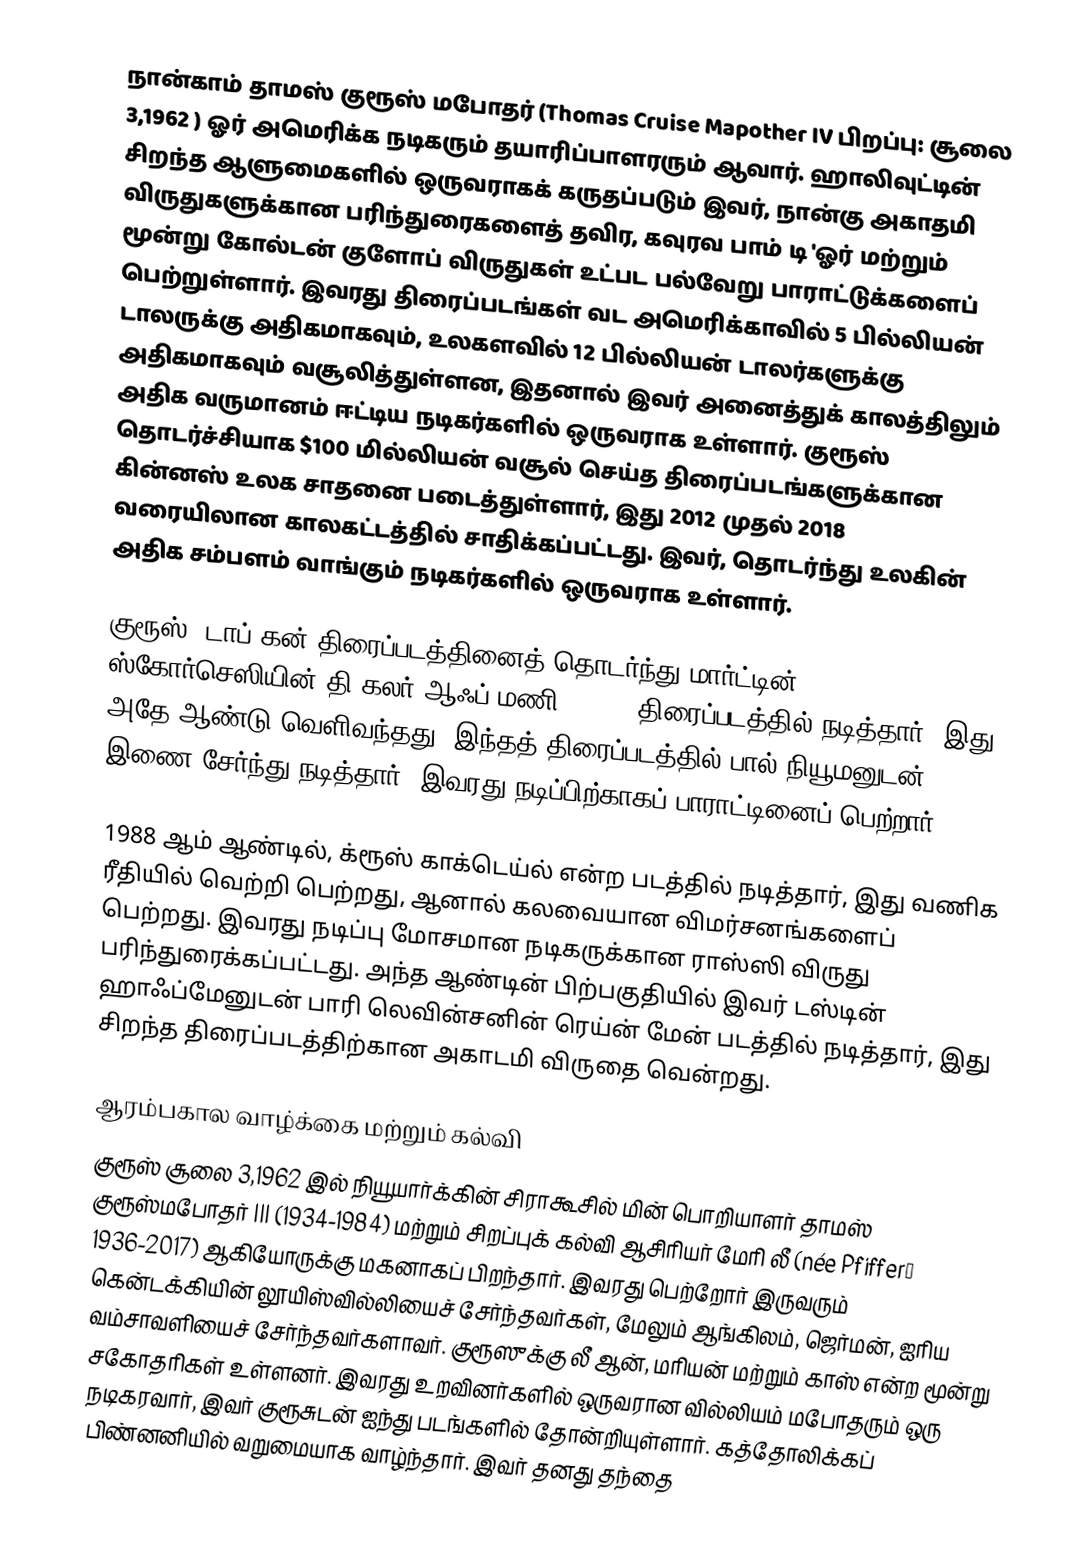
நான்காம் தாமஸ் குரூஸ் மபோதர் (Thomas Cruise Mapother IV பிறப்பு: சூலை 3,1962 ) ஓர் அமெரிக்க நடிகரும் தயாரிப்பாளரரும் ஆவார். ஹாலிவுட்டின் சிறந்த ஆளுமைகளில் ஒருவராகக் கருதப்படும் இவர், நான்கு அகாதமி விருதுகளுக்கான பரிந்துரைகளைத் தவிர, கவுரவ பாம் டி 'ஓர் மற்றும் மூன்று கோல்டன் குளோப் விருதுகள் உட்பட பல்வேறு பாராட்டுக்களைப் பெற்றுள்ளார். இவரது திரைப்படங்கள் வட அமெரிக்காவில் 5 பில்லியன் டாலருக்கு அதிகமாகவும், உலகளவில் 12 பில்லியன் டாலர்களுக்கு அதிகமாகவும் வசூலித்துள்ளன, இதனால் இவர் அனைத்துக் காலத்திலும் அதிக வருமானம் ஈட்டிய நடிகர்களில் ஒருவராக உள்ளார். குரூஸ் தொடர்ச்சியாக $100 மில்லியன் வசூல் செய்த திரைப்படங்களுக்கான கின்னஸ் உலக சாதனை படைத்துள்ளார், இது 2012 முதல் 2018 வரையிலான காலகட்டத்தில் சாதிக்கப்பட்டது. இவர், தொடர்ந்து உலகின் அதிக சம்பளம் வாங்கும் நடிகர்களில் ஒருவராக உள்ளார்.

குரூஸ், டாப் கன் திரைப்படத்தினைத் தொடர்ந்து மார்ட்டின் ஸ்கோர்செஸியின் தி கலர் ஆஃப் மணி (1986) திரைப்படத்தில் நடித்தார். இது அதே ஆண்டு வெளிவந்தது, இந்தத் திரைப்படத்தில் பால் நியூமனுடன் இணை சேர்ந்து நடித்தார். இவரது நடிப்பிற்காகப் பாராட்டினைப் பெற்றார்.

1988 ஆம் ஆண்டில், க்ரூஸ் காக்டெய்ல் என்ற படத்தில் நடித்தார், இது வணிக ரீதியில் வெற்றி பெற்றது, ஆனால் கலவையான விமர்சனங்களைப் பெற்றது. இவரது நடிப்பு மோசமான நடிகருக்கான ராஸ்ஸி விருது பரிந்துரைக்கப்பட்டது. அந்த ஆண்டின் பிற்பகுதியில் இவர் டஸ்டின் ஹாஃப்மேனுடன் பாரி லெவின்சனின் ரெய்ன் மேன் படத்தில் நடித்தார், இது சிறந்த திரைப்படத்திற்கான அகாடமி விருதை வென்றது.

ஆரம்பகால வாழ்க்கை மற்றும் கல்வி
குரூஸ் சூலை 3,1962 இல்  நியூயார்க்கின் சிராகூசில்  மின் பொறியாளர் தாமஸ் குரூஸ்மபோதர் III (1934-1984) மற்றும் சிறப்புக் கல்வி ஆசிரியர் மேரி லீ (née Pfiffer′ 1936-2017) ஆகியோருக்கு மகனாகப் பிறந்தார். இவரது பெற்றோர் இருவரும் கென்டக்கியின் லூயிஸ்வில்லியைச் சேர்ந்தவர்கள், மேலும் ஆங்கிலம், ஜெர்மன், ஐரிய வம்சாவளியைச் சேர்ந்தவர்களாவர். குரூஸுக்கு லீ ஆன், மரியன் மற்றும் காஸ் என்ற மூன்று சகோதரிகள் உள்ளனர். இவரது உறவினர்களில் ஒருவரான வில்லியம் மபோதரும் ஒரு நடிகரவார், இவர் குரூசுடன் ஐந்து படங்களில் தோன்றியுள்ளார். கத்தோலிக்கப் பிண்னனியில் வறுமையாக வாழ்ந்தார். இவர் தனது தந்தை